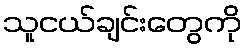
သူငယ်ချင်းတွေကို